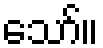
သော်။